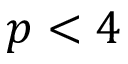
p < 4